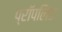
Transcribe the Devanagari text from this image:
प्रॉपलिड